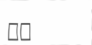
٥٢